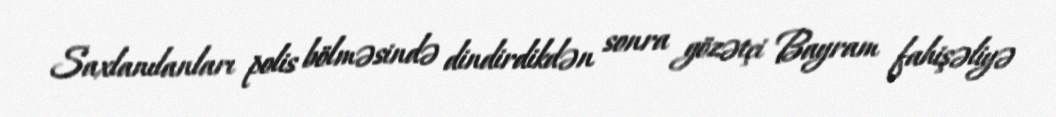
Saxlanılanları polis bölməsində dindirdikdən sonra gözətçi Bayram fahişəliyə